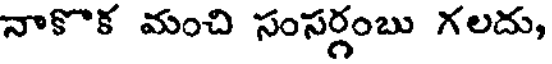
నాకొక మంచి సంసర్గంబు గలదు,